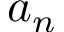
a _ { n }